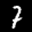
Label: 7